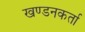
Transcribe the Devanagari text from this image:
खण्डनकर्ता